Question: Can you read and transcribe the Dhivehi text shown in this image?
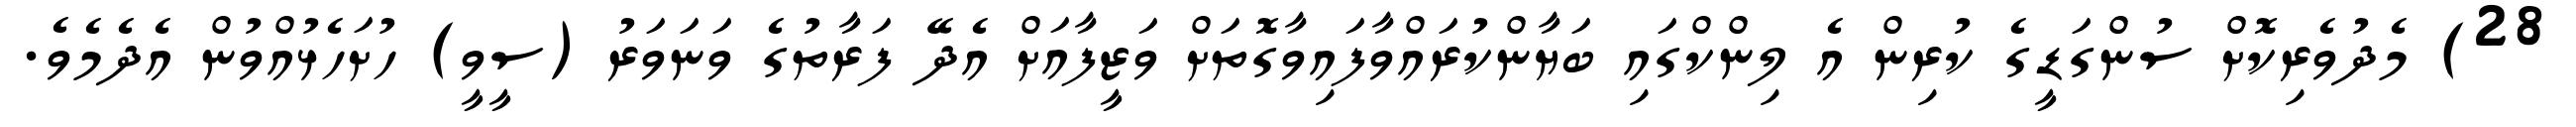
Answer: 28) މެދުވެރިކޮށް ސުންގަޑީގެ ކުރިން އެ ލިންކްގައި ބަޔާންކުރައްވާފައިވާގޮތަށް ވަޒީފާއަށް އެދޭ ފަރާތުގެ ވަނަވަރު (ސީވީ) ހުށަހެޅުއްވުން އެދެމެވެ.